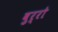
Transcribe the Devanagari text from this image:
बुर्रो